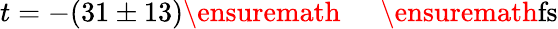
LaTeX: t=-(31\pm 13)\ensuremath{\mathrm{~\textrm~{~\, ~}~}}\ensuremath{\mathrm{fs}}